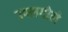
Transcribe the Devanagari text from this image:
उपलगोले